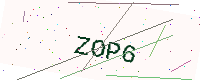
Text: ZOP6